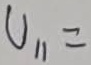
Text: U11=